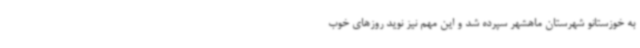
به خوزستانو شهرستان ماهشهر سپرده شد و این مهم نیز نوید روزهای خوب